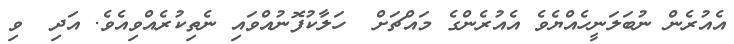
އެއުރެން ނުބަލަނީހެއްޔެެވެ އެއުރެންގެ މައްޗަށް  ހަލާކުފޮނުއްވައި ނެތިކުރެއްވިއެވެ. އަދި  ވި